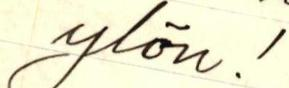
ylön!